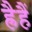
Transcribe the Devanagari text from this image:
ह्रैहैं